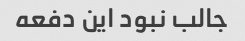
جالب نبود این دفعه